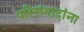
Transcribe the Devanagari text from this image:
परिसंवादांना